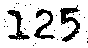
125